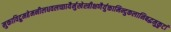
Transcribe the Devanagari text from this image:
मुक्ताविद्रुमहेमनीलधवलच्छायैर्मुखेस्त्रीक्षणैर्युक्तामिन्दुकलानिबद्धमुकुटां